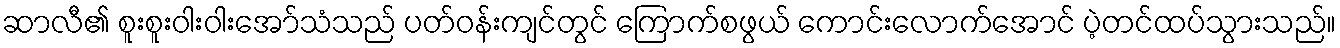
ဆာလီ၏ စူးစူးဝါးဝါးအော်သံသည် ပတ်ဝန်းကျင်တွင် ကြောက်စဖွယ် ကောင်းလောက်အောင် ပဲ့တင်ထပ်သွားသည်။